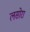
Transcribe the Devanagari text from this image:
लसोरा